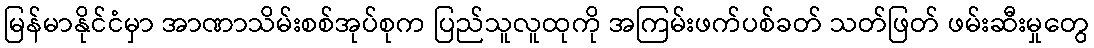
မြန်မာနိုင်ငံမှာ အာဏာသိမ်းစစ်အုပ်စုက ပြည်သူလူထုကို အကြမ်းဖက်ပစ်ခတ် သတ်ဖြတ် ဖမ်းဆီးမှုတွေ